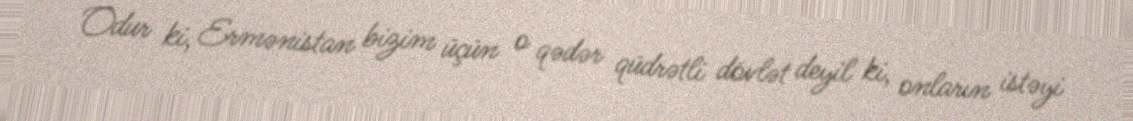
Odur ki, Ermənistan bizim üçün o qədər qüdrətli dövlət deyil ki, onların istəyi